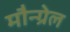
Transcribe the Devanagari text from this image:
मौन्ग्रेल